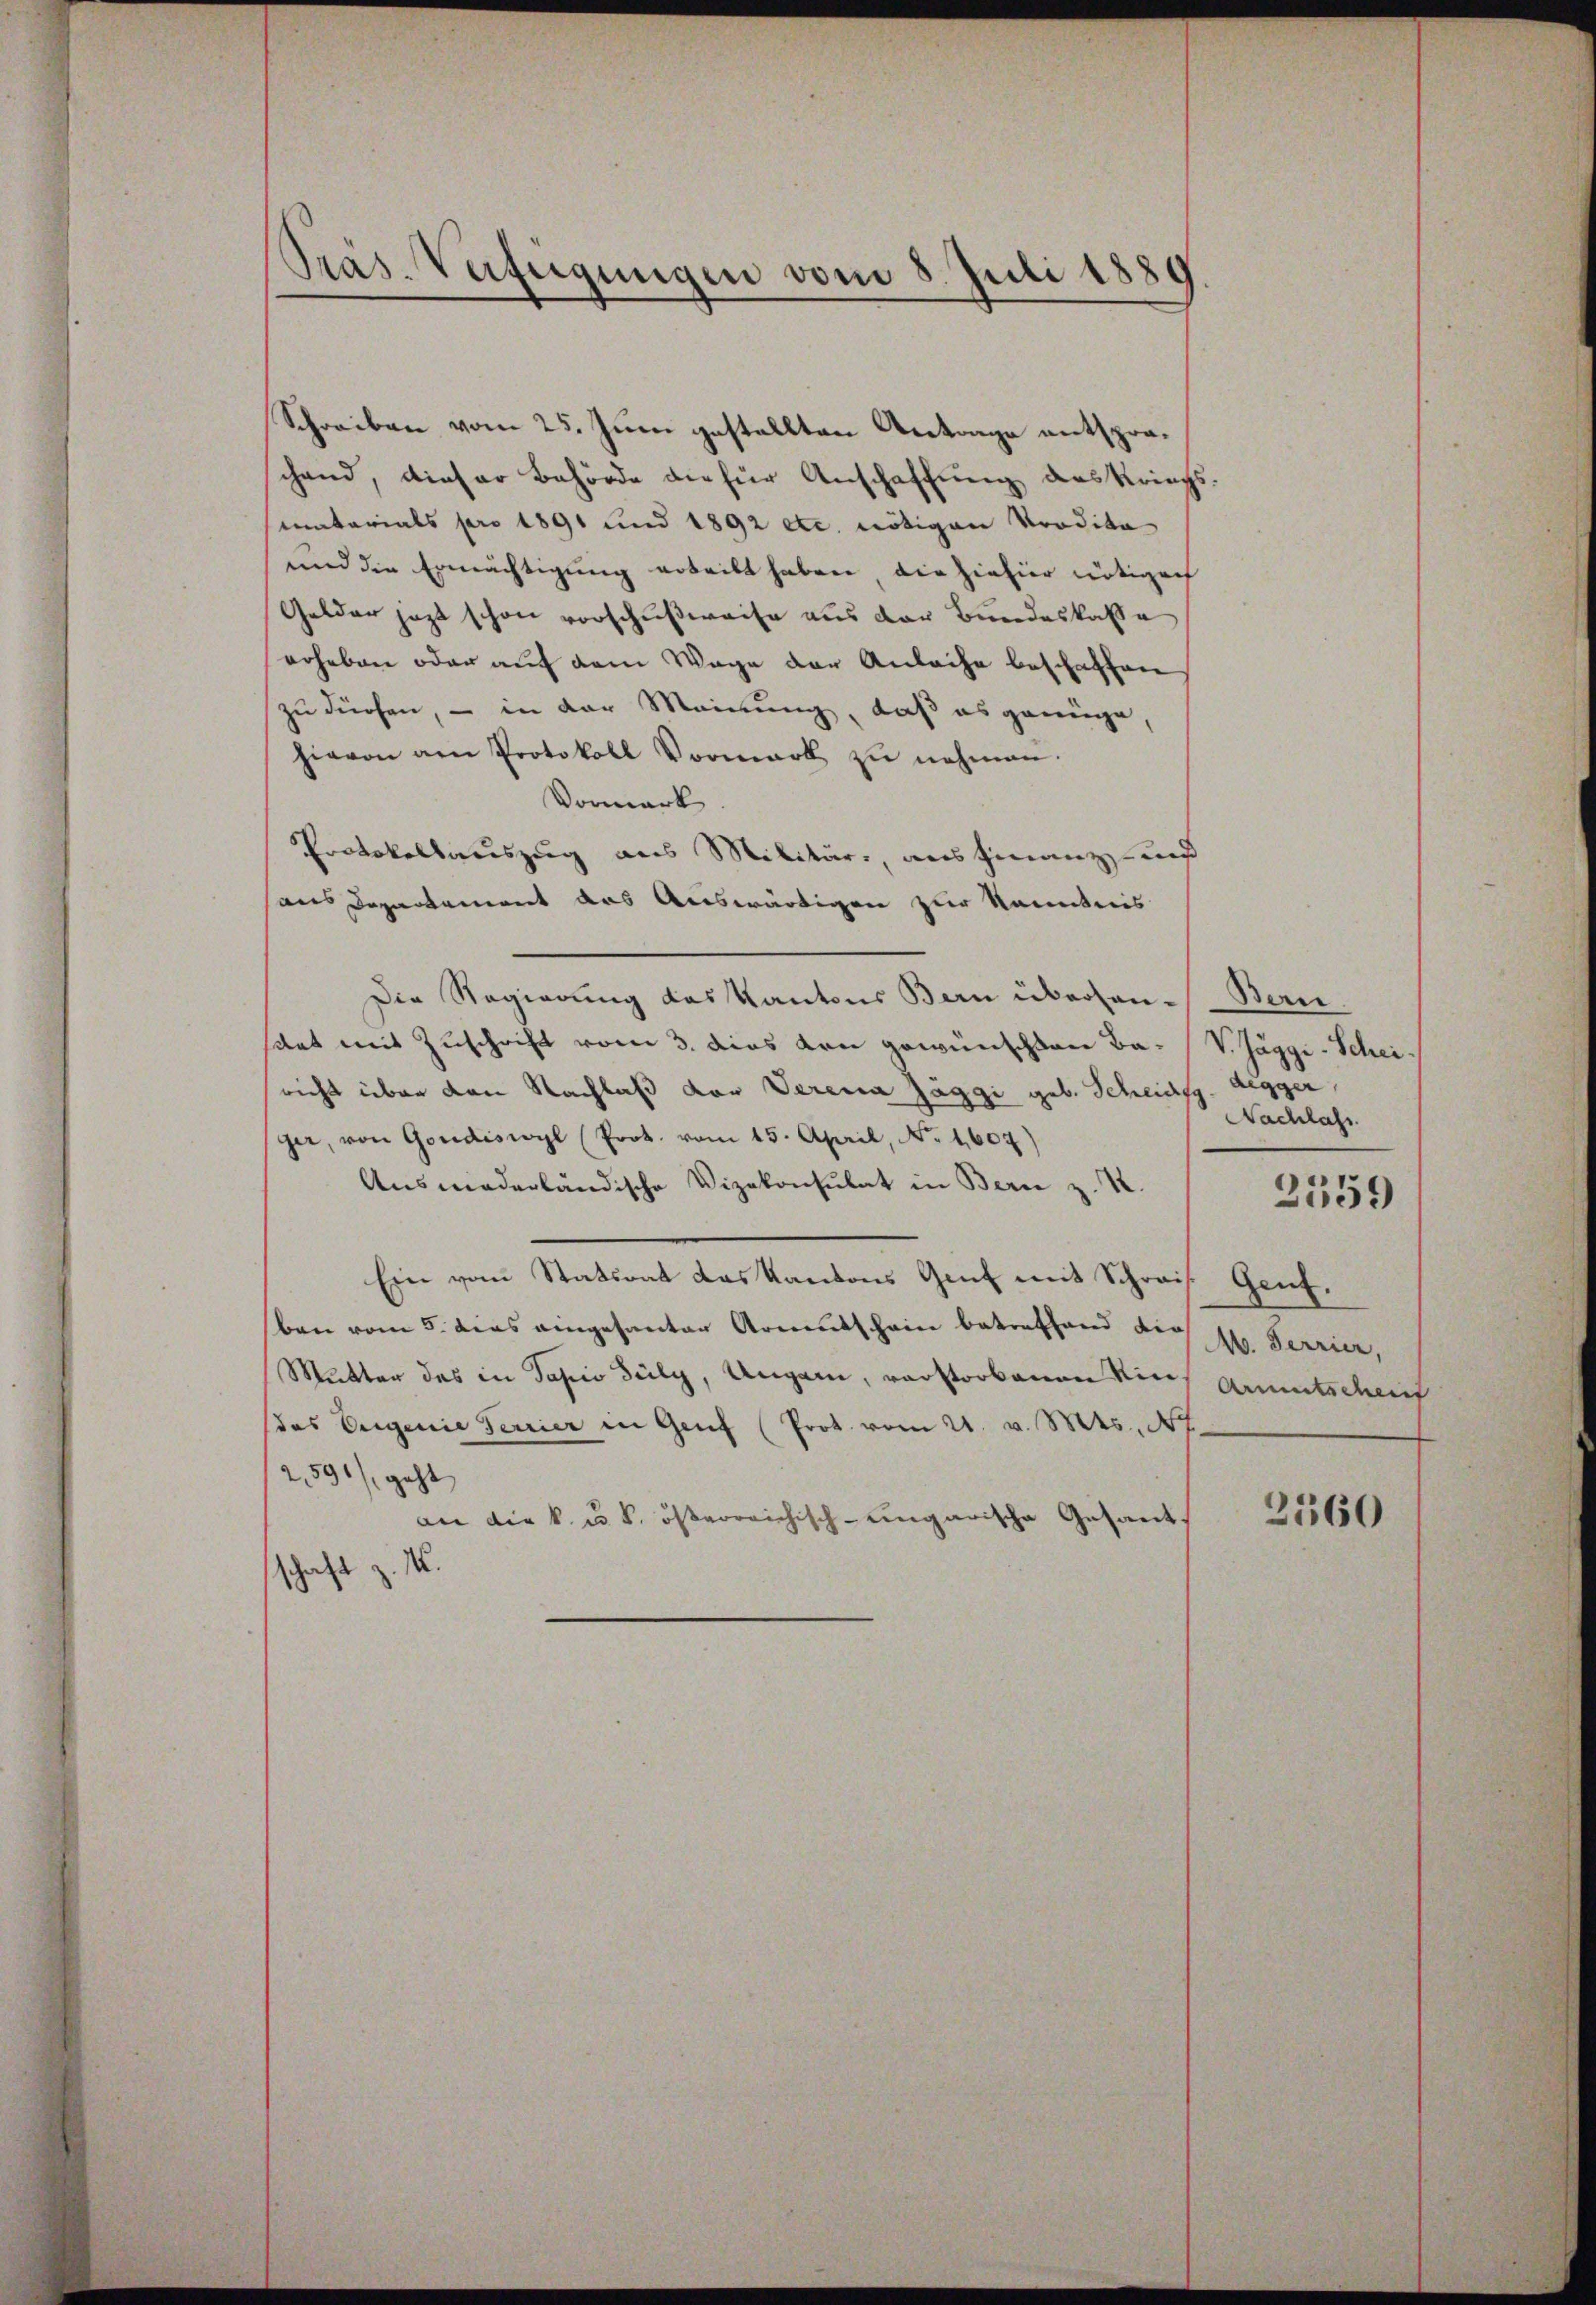
Pras-Verfügungen vom 8. Juli 1889

Schreiben vom 25. Juni gestellten Antrage entspraschand, dieser Behörde die für Anschaffung des Kriegs-
matorials pro 1891 und 1892 etc. nötigen Prodita
und die Ermächtigung erteilt haben die hinhier nötigen
Gelder jezt schon vorschußweise aus der Bundeskasse
erheben oder auf dem Wage der Anleihe beschaffen
zu dürfen, – in der Meinung, daß es genüge
hievon am Protokoll Vormark zu nehmen.
Vormark
Protokollauszug aus Militär, ausfinanz und
aus Departement das Auswärtigen zur Kenntnis
Die Regierung das Kantons Bern überhan-Bern.
sitat mit Zuschrift vom 3. dies den gewünschten Ba- V. Jäggi-Scheisricht über den Nachlaß der Verena Zäggi geb. Scheidg. Regger,
jer, von Gondiswyl (Prot. vom 15. April, No. 1607)
Ausmiederländische Vizekonsulat in Bern z. B.
Ein vom Statsrat das Kantons Genf mit Schrais. Genf,
ben vom 5. das eingesanter Armentschein betreffend die z. Terrier,
Mutter des in Tapio July, Ungen, verstorbenen Kirch Amtscheint
(das Eigenie Terrier in Genf (Prot. vom 21. v. Mts., N
2,591), geht
an die k. u. k. österreichisch-ungarische Gesandt
schaft z. M.

Nachlass

2559

2560